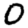
Digit: 0